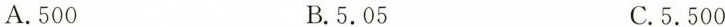
A.500 B.5.05 C.5.500